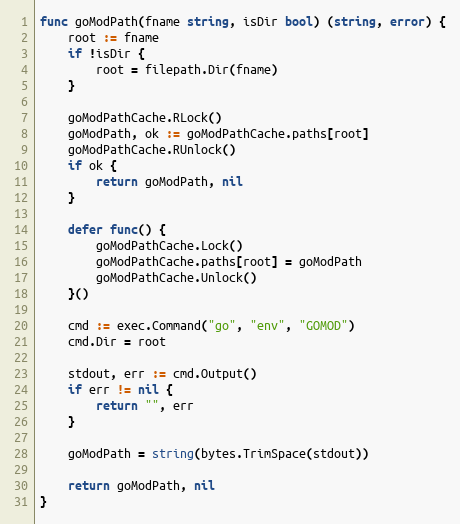
Language: Go
func goModPath(fname string, isDir bool) (string, error) {
	root := fname
	if !isDir {
		root = filepath.Dir(fname)
	}

	goModPathCache.RLock()
	goModPath, ok := goModPathCache.paths[root]
	goModPathCache.RUnlock()
	if ok {
		return goModPath, nil
	}

	defer func() {
		goModPathCache.Lock()
		goModPathCache.paths[root] = goModPath
		goModPathCache.Unlock()
	}()

	cmd := exec.Command("go", "env", "GOMOD")
	cmd.Dir = root

	stdout, err := cmd.Output()
	if err != nil {
		return "", err
	}

	goModPath = string(bytes.TrimSpace(stdout))

	return goModPath, nil
}